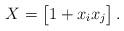
LaTeX: \begin{align*}X=\begin{bmatrix}1+x_ix_j\end{bmatrix}.\end{align*}